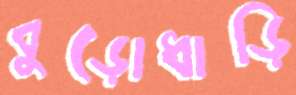
বুড়োধাড়ি